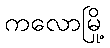
ကလောမြို့